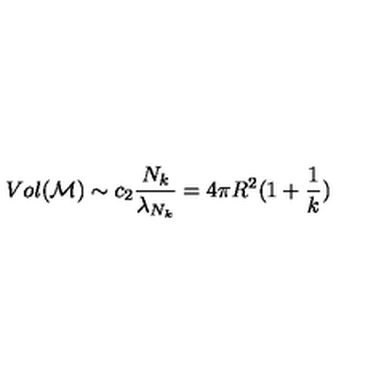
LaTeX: V o l ( { \cal M } ) \sim c _ { 2 } \frac { N _ { k } } { \lambda _ { N _ { k } } } = 4 \pi R ^ { 2 } ( 1 + \frac { 1 } { k } )